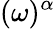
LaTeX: (\omega)^{\alpha}